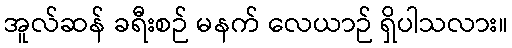
အူလ်ဆန် ခရီးစဉ် မနက် လေယာဉ် ရှိပါသလား။